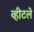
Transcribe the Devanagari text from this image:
व्हीटले